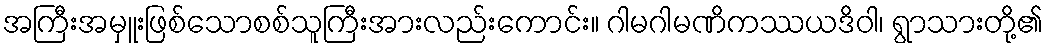
အကြီးအမှူးဖြစ်သောစစ်သူကြီးအားလည်းကောင်း။ ဂါမဂါမဏိကဿယဒိဝါ၊ ရွာသားတို့၏